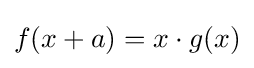
f(x+a)=x\cdot g(x)